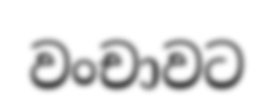
වංචාවට